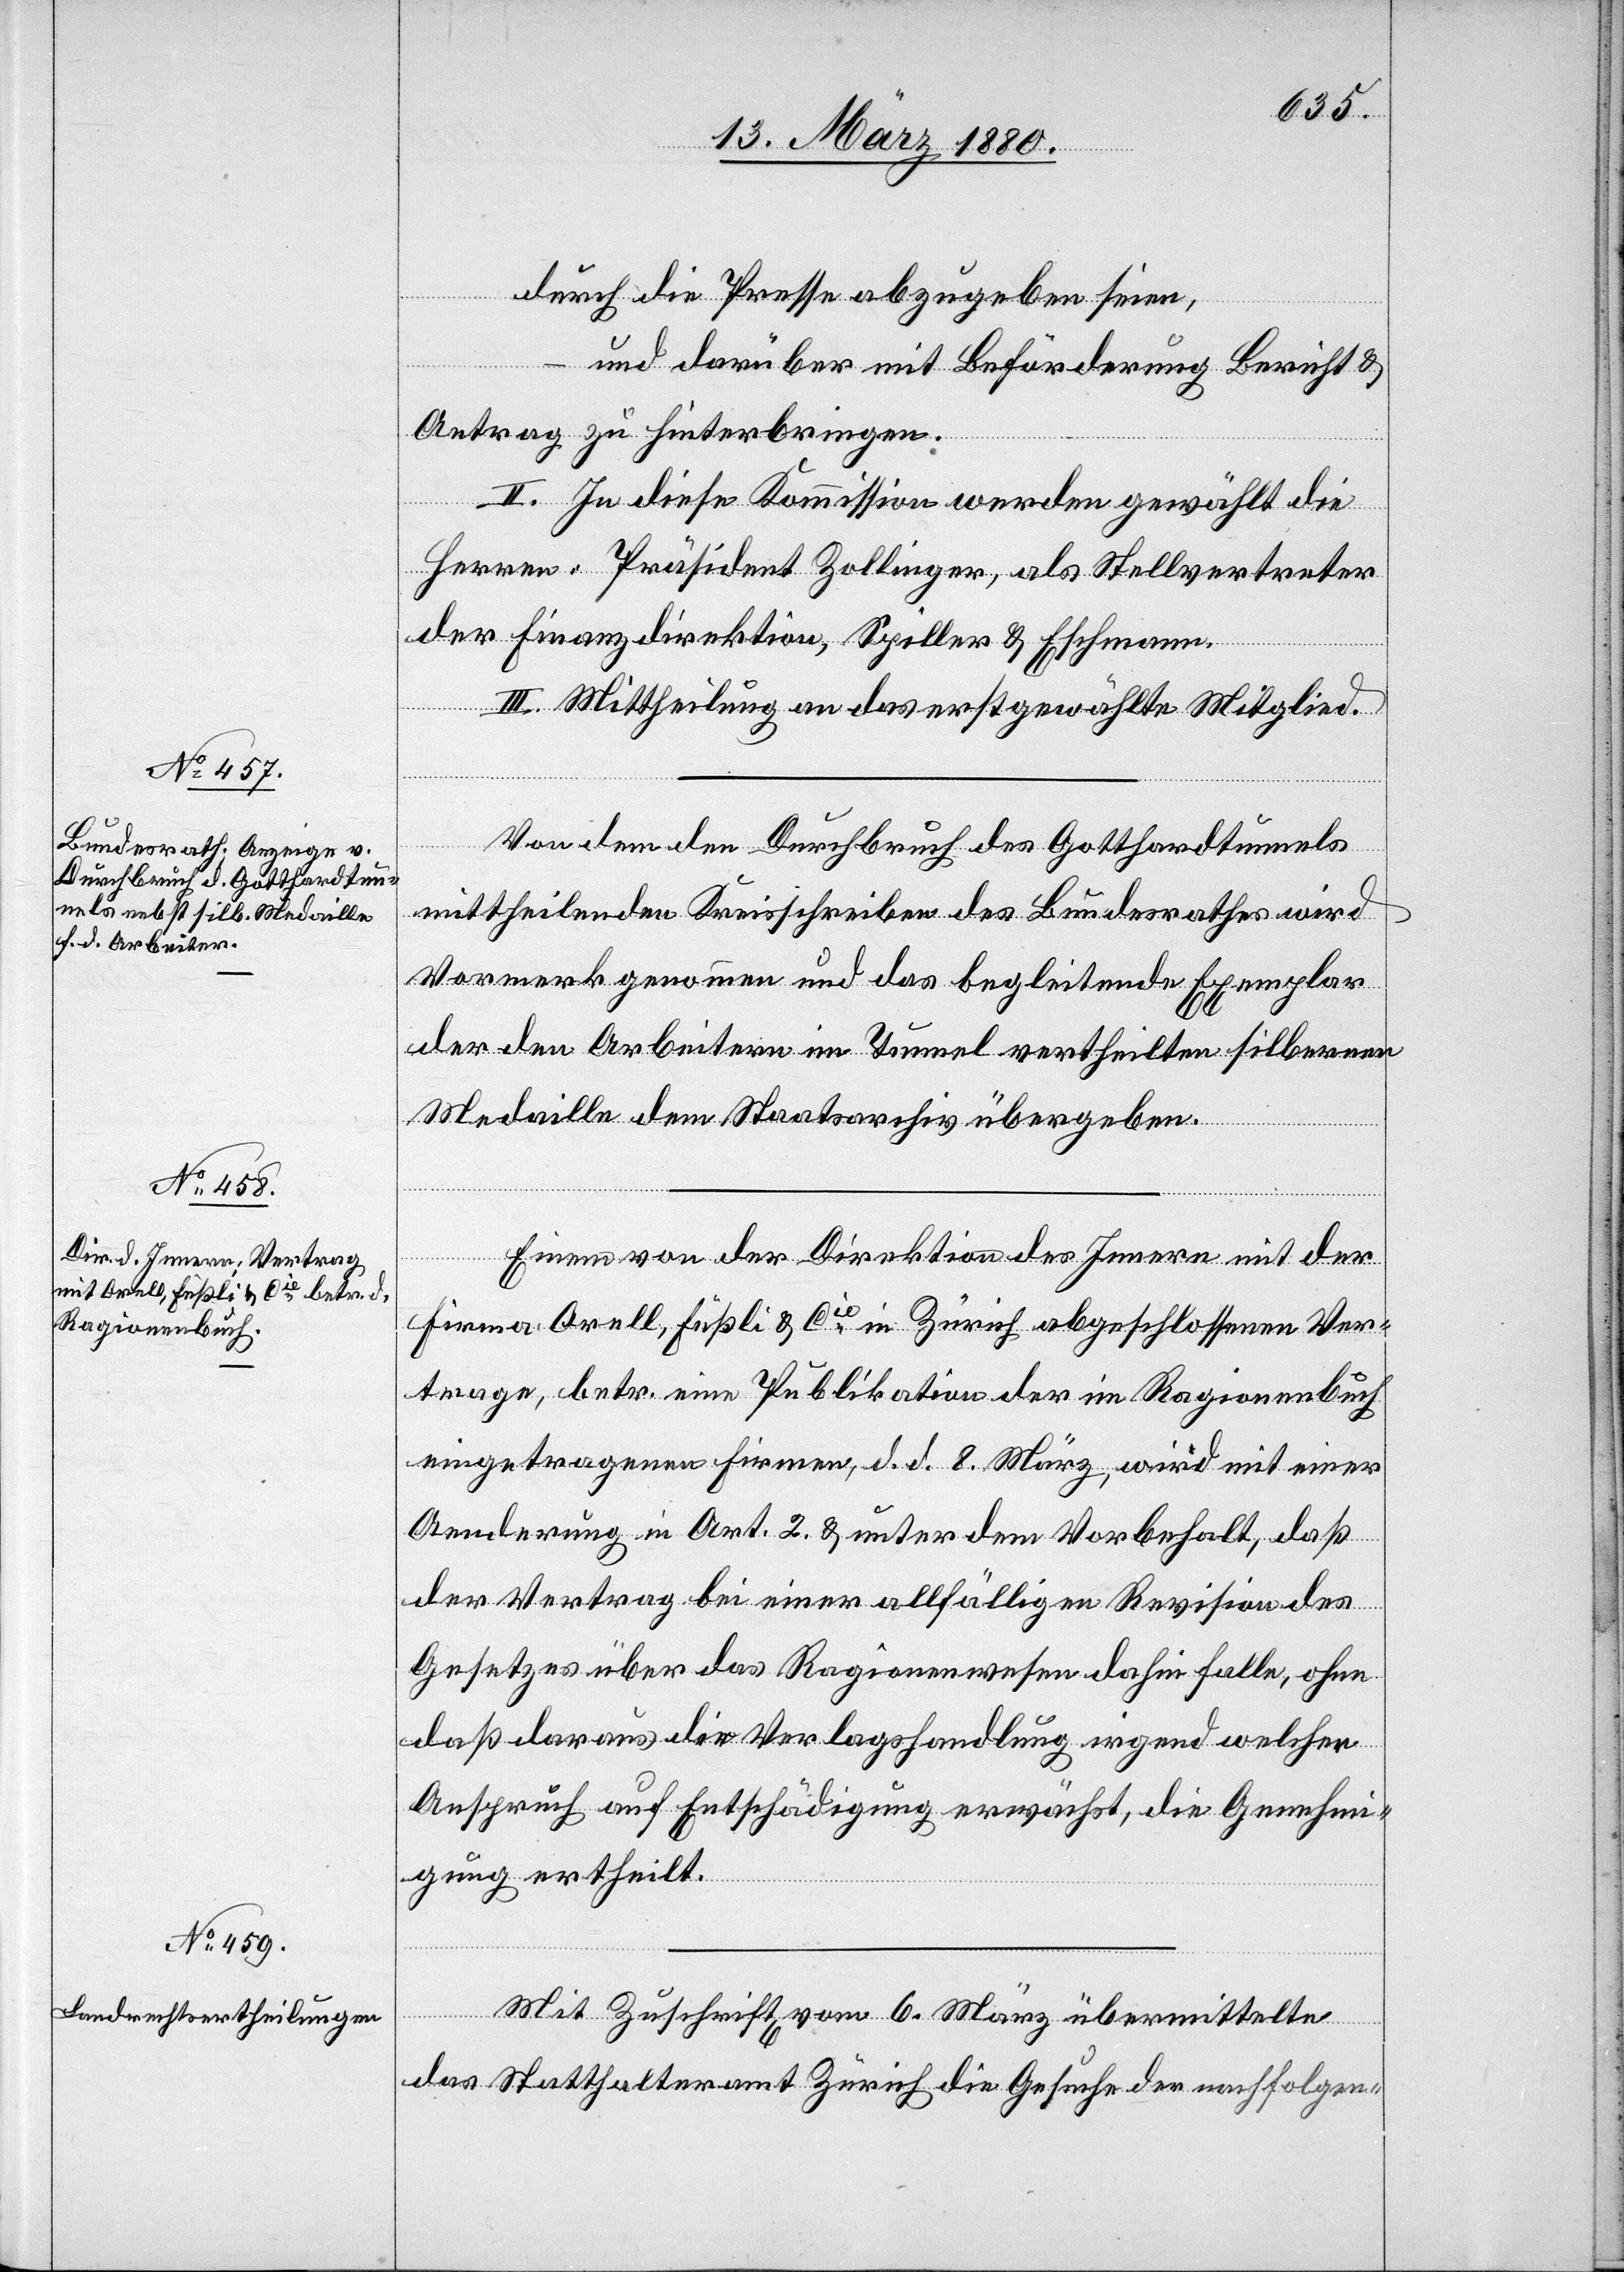
und darüber mit Beförderung Bericht &
Antrag zu hinterbringen.
II. In diese Kommission werden gewählt die
Herren: Präsident Zollinger, als Stellvertreter
der Finanzdirektion, Spiller & Eschmann.
III. Mittheilung an das erstgewählte Mitglied.
Von dem den Durchbruch des Gotthardtunnels
mittheilenden Kreisschreiben des Bundesrathes wird
Vormerk genommen und das begleitende Exemplar
der den Arbeitern im Tunnel vertheilten silbernen
Medaille dem Staatsarchiv übergeben.
–
Einem von der Direktion des Innern mit der
Firma Orell, Füßli & Cie in Zürich abgeschlossenen Ver¬
trage, betr. eine Publikation der im Ragionenbuch
eingetragenen Firmen, d. d. 8. März, wird mit einer
Aenderung in Art. 2 & unter dem Vorbehalt, daß
der Vertrag bei einer allfälligen Revision des
Gesetzes über das Ragionenwesen dahin falle, ohne
daß daraus die Verlagshandlung irgend welchen
Anspruch auf Entschädigung erwächst, die Genehmi¬
gung ertheilt.
Mit Zuschrift vom 6. März übermittelte
das Statthalteramt Zürich die Gesuche der nachfolgen-